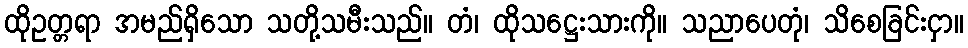
ထိုဥတ္တရာ အမည်ရှိသော သတို့သမီးသည်။ တံ၊ ထိုသဋ္ဌေးသားကို။ သညာပေတုံ၊ သိစေခြင်းငှာ။